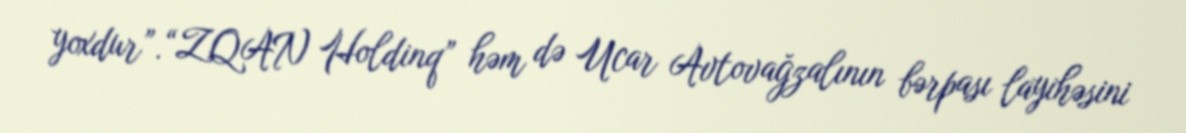
yoxdur”.“ZQAN Holdinq” həm də Ucar Avtovağzalının bərpası layihəsini